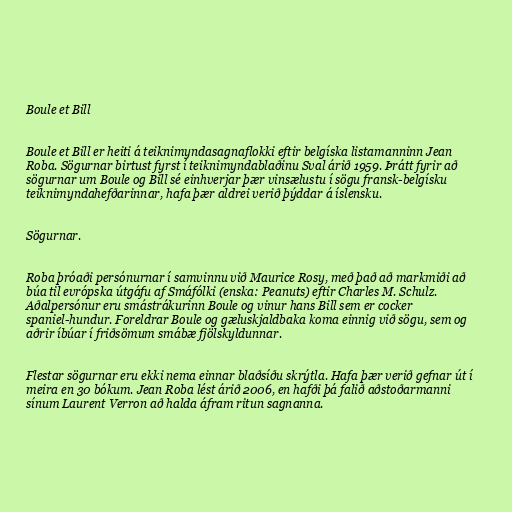
Boule et Bill

Boule et Bill er heiti á teiknimyndasagnaflokki eftir belgíska listamanninn Jean
Roba. Sögurnar birtust fyrst í teiknimyndablaðinu Sval árið 1959. Þrátt fyrir að
sögurnar um Boule og Bill sé einhverjar þær vinsælustu í sögu fransk-belgísku
teiknimyndahefðarinnar, hafa þær aldrei verið þýddar á íslensku.

Sögurnar.

Roba þróaði persónurnar í samvinnu við Maurice Rosy, með það að markmiði að
búa til evrópska útgáfu af Smáfólki (enska: Peanuts) eftir Charles M. Schulz.
Aðalpersónur eru smástrákurinn Boule og vinur hans Bill sem er cocker
spaniel-hundur. Foreldrar Boule og gæluskjaldbaka koma einnig við sögu, sem og
aðrir íbúar í friðsömum smábæ fjölskyldunnar.

Flestar sögurnar eru ekki nema einnar blaðsíðu skrýtla. Hafa þær verið gefnar út í
meira en 30 bókum. Jean Roba lést árið 2006, en hafði þá falið aðstoðarmanni
sínum Laurent Verron að halda áfram ritun sagnanna.